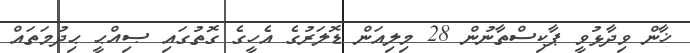
ޚާން ވިދާޅުވީ ޕާކިސްތާނުން 28 މިލިއަން ޑޮލަރުގެ އެހީގެ ގޮތުގައި ޞިއްޙީ ޙިދުމަތައް